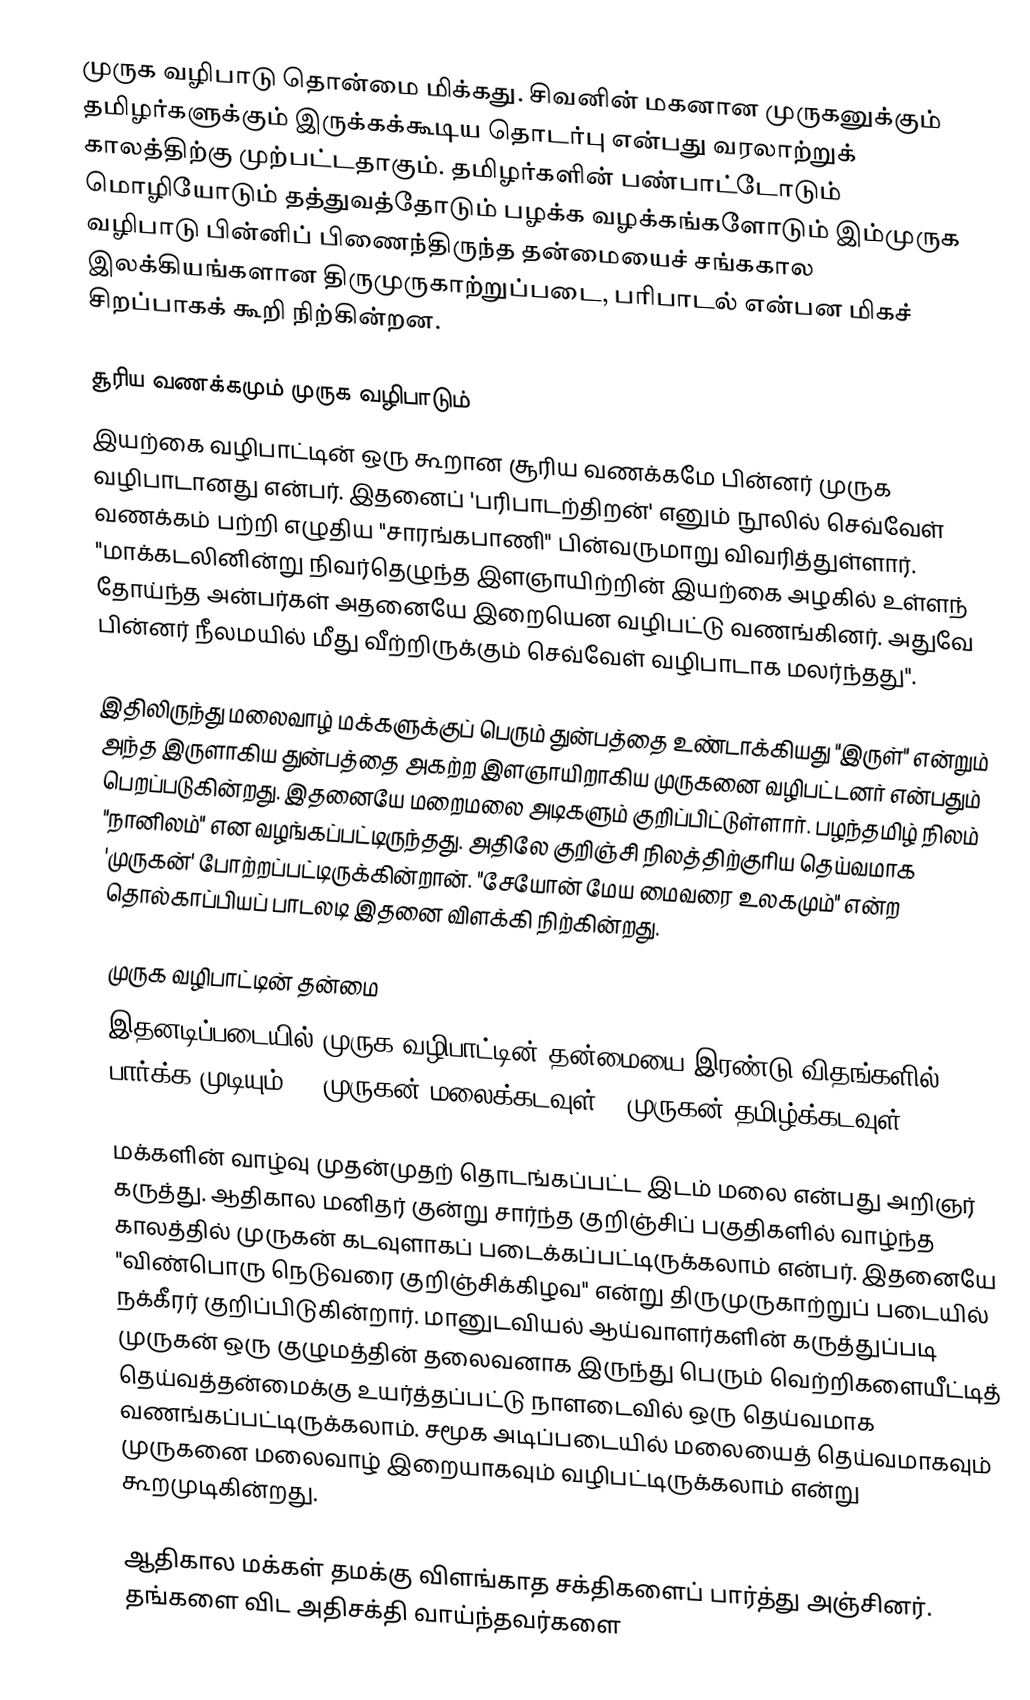
முருக வழிபாடு தொன்மை மிக்கது. சிவனின் மகனான முருகனுக்கும் தமிழர்களுக்கும் இருக்கக்கூடிய தொடர்பு என்பது வரலாற்றுக் காலத்திற்கு முற்பட்டதாகும். தமிழர்களின் பண்பாட்டோடும் மொழியோடும் தத்துவத்தோடும் பழக்க வழக்கங்களோடும் இம்முருக வழிபாடு பின்னிப் பிணைந்திருந்த தன்மையைச் சங்ககால இலக்கியங்களான திருமுருகாற்றுப்படை, பரிபாடல் என்பன மிகச் சிறப்பாகக் கூறி நிற்கின்றன.

சூரிய வணக்கமும் முருக வழிபாடும்
இயற்கை வழிபாட்டின் ஒரு கூறான சூரிய வணக்கமே பின்னர்  முருக வழிபாடானது என்பர். இதனைப் 'பரிபாடற்திறன்' எனும் நூலில் செவ்வேள் வணக்கம் பற்றி எழுதிய "சாரங்கபாணி" பின்வருமாறு விவரித்துள்ளார். "மாக்கடலினின்று நிவர்தெழுந்த இளஞாயிற்றின் இயற்கை அழகில் உள்ளந் தோய்ந்த அன்பர்கள் அதனையே இறையென வழிபட்டு வணங்கினர். அதுவே பின்னர் நீலமயில் மீது வீற்றிருக்கும் செவ்வேள் வழிபாடாக மலர்ந்தது".

இதிலிருந்து மலைவாழ் மக்களுக்குப் பெரும் துன்பத்தை உண்டாக்கியது "இருள்" என்றும் அந்த இருளாகிய துன்பத்தை அகற்ற இளஞாயிறாகிய முருகனை வழிபட்டனர் என்பதும் பெறப்படுகின்றது. இதனையே மறைமலை அடிகளும் குறிப்பிட்டுள்ளார். பழந்தமிழ் நிலம் "நானிலம்" என வழங்கப்பட்டிருந்தது. அதிலே குறிஞ்சி நிலத்திற்குரிய தெய்வமாக 'முருகன்' போற்றப்பட்டிருக்கின்றான். "சேயோன் மேய மைவரை உலகமும்" என்ற தொல்காப்பியப் பாடலடி இதனை விளக்கி நிற்கின்றது.

முருக வழிபாட்டின் தன்மை
இதனடிப்படையில் முருக வழிபாட்டின் தன்மையை இரண்டு விதங்களில் பார்க்க முடியும்.1.  முருகன் மலைக்கடவுள்2.  முருகன் தமிழ்க்கடவுள்

மக்களின் வாழ்வு முதன்முதற் தொடங்கப்பட்ட இடம் மலை என்பது அறிஞர் கருத்து. ஆதிகால மனிதர் குன்று சார்ந்த குறிஞ்சிப் பகுதிகளில் வாழ்ந்த காலத்தில் முருகன் கடவுளாகப் படைக்கப்பட்டிருக்கலாம் என்பர். இதனையே "விண்பொரு நெடுவரை குறிஞ்சிக்கிழவ" என்று திருமுருகாற்றுப் படையில் நக்கீரர் குறிப்பிடுகின்றார். மானுடவியல் ஆய்வாளர்களின் கருத்துப்படி முருகன் ஒரு குழுமத்தின் தலைவனாக இருந்து பெரும் வெற்றிகளையீட்டித் தெய்வத்தன்மைக்கு உயர்த்தப்பட்டு நாளடைவில் ஒரு தெய்வமாக வணங்கப்பட்டிருக்கலாம். சமூக அடிப்படையில் மலையைத் தெய்வமாகவும் முருகனை மலைவாழ் இறையாகவும் வழிபட்டிருக்கலாம் என்று கூறமுடிகின்றது.

ஆதிகால மக்கள் தமக்கு விளங்காத சக்திகளைப் பார்த்து அஞ்சினர். தங்களை விட அதிசக்தி வாய்ந்தவர்களை